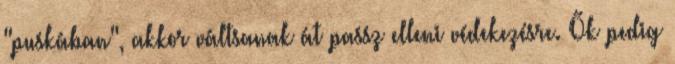
"puskában", akkor váltsanak át passz elleni védekezésre. Ők pedig